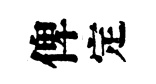
俾定